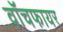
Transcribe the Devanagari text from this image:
वॉचफायर